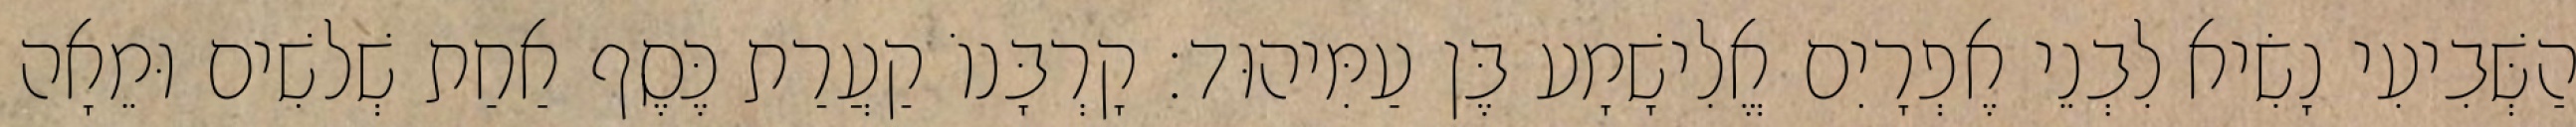
הַשְּׁבִיעִי נָשִׂיא לִבְנֵי אֶפְרָיִם אֱלִישָׁמָע בֶּן עַמִּיהוּד׃ קָרְבָּנוֹ קַעֲרַת כֶּסֶף אַחַת שְׁלשִׁים וּמֵאָה